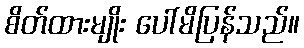
စိတ်ထားမျိုး ပေါ်မိပြန်သည်။